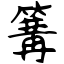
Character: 篝